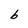
Character: b